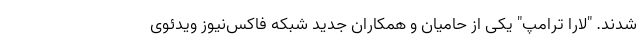
شدند. "لارا ترامپ" یکی از حامیان و همکاران جدید شبکه فاکس‌نیوز ویدئوی